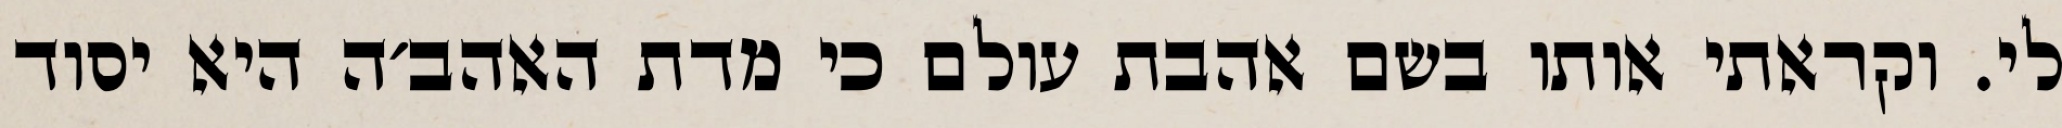
לי. וקראתי אותו בשם אהבת עולם כי מדת האהב׳ה היא יסוד